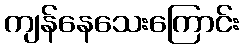
ကျန်နေသေးကြောင်း